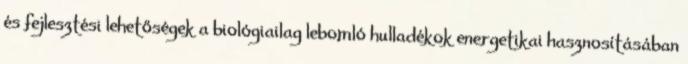
és fejlesztési lehetőségek a biológiailag lebomló hulladékok energetikai hasznosításában